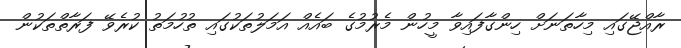
ރާއްޖޭގައި މިހާތަނަށް ހިންގާފައިވާ މީހުން މެރުމުގެ ބައެއް އަމަލުތަކުގައި ތުހުމަތު ކުރެވޭ ފަރާތްތަކުން